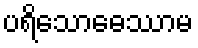
ပရိသောဓေဿာမ